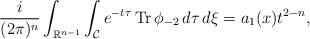
LaTeX: \begin{align*} \frac{i}{(2 \pi)^{n}}\int_{\mathbb{R}^{n-1}}\int_{\mathcal{C}} e^{-t\tau} \operatorname{Tr} \phi_{-2} \,d\tau \,d\xi =a_1(x)t^{2-n},\end{align*}